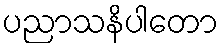
ပညာသနိပါတော